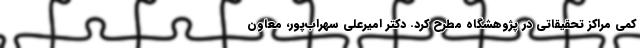
کمی مراکز تحقیقاتی در پژوهشگاه مطرح کرد. دکتر امیرعلی سهراب‌پور، معاون